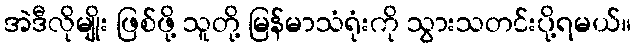
အဲဒီလိုမျိုး ဖြစ်ဖို့ သူတို့ မြန်မာသံရုံးကို သွားသတင်းပို့ရမယ်။